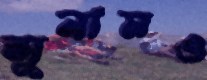
সুনামও